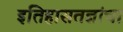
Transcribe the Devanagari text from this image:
इतिहासतज्ञांचा